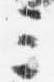
三